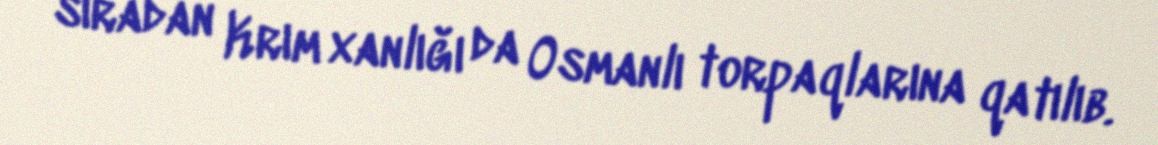
sıradan Krım xanlığı da Osmanlı torpaqlarına qatılıb.